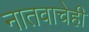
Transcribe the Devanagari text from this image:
नातवाचेही